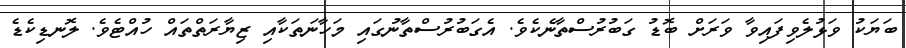
ބަޔަކު ވަޅުލެވިފައިވާ ވަރަށް ބޮޑު ގަބުރުސްތާނެކެވެ. އެގަބުރުސްތާނުގައި މަހާނަތަކާއި ޒިޔާރަތްތައް ހުއްޓެވެ. ލޮނޑިކެޑެ